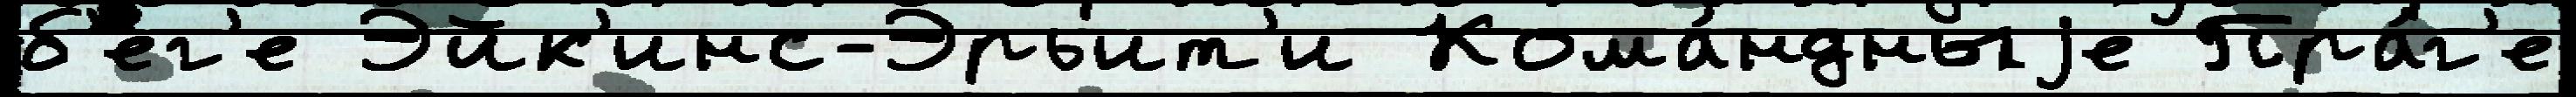
б'е́г'е Эйк'инс-Эрьит'и Кома́ндныjе Пра́г'е